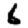
Digit: 6